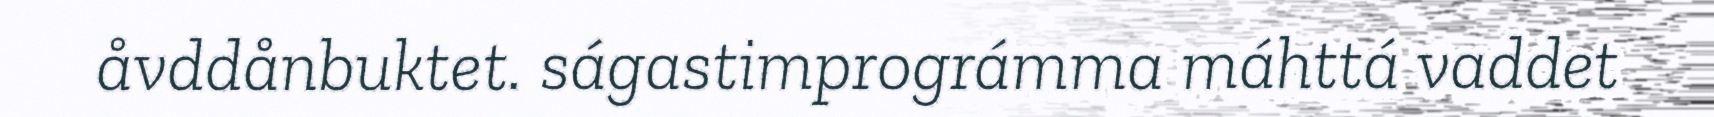
åvddånbuktet. ságastimprográmma máhttá vaddet